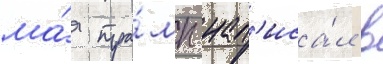
ма́я тра́мп нап'иса́л в